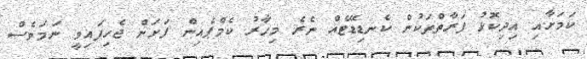
ކަމަށާއި އިދިކޮޅު ފަރާތްތަކުން ކެނޑިޑޭޓެއް ނެރެ މިހާރު ކެމްޕެއިން ފަށަން ޖެހިފައިވީ ނަމަވެސް